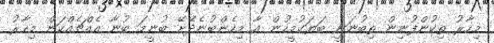
މިހާރު ތިކުންފުނިން ތިބުނަނީ ބަޔަކުމީހުން އާ މިހެންބުނެދޭށޭ ބުނީމަ ބުނާ އެއްޗެއްކަން މިހާރު